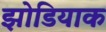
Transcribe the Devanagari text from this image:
झोडियाक